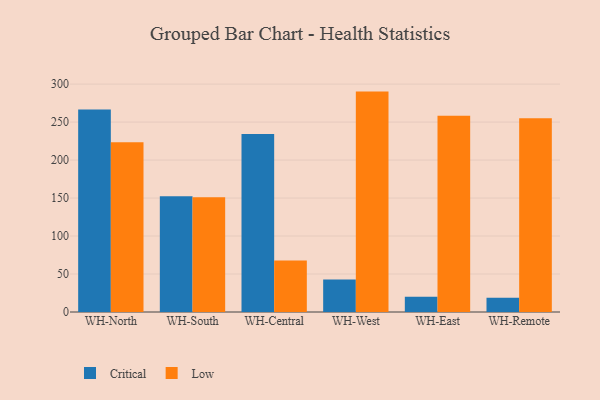
{"axis": {"x": "Warehouse", "y": "Demand Index"}, "legend": ["Critical", "Low"], "data": [{"x": "WH-North", "y": 266.6, "type": "Critical"}, {"x": "WH-North", "y": 223.3, "type": "Low"}, {"x": "WH-South", "y": 152.3, "type": "Critical"}, {"x": "WH-South", "y": 151.0, "type": "Low"}, {"x": "WH-Central", "y": 234.3, "type": "Critical"}, {"x": "WH-Central", "y": 67.7, "type": "Low"}, {"x": "WH-West", "y": 42.8, "type": "Critical"}, {"x": "WH-West", "y": 290.1, "type": "Low"}, {"x": "WH-East", "y": 20.2, "type": "Critical"}, {"x": "WH-East", "y": 258.4, "type": "Low"}, {"x": "WH-Remote", "y": 18.8, "type": "Critical"}, {"x": "WH-Remote", "y": 255.1, "type": "Low"}]}